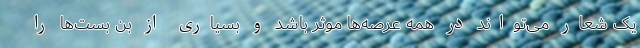
یک شعار می‌تواند در همه عرصه‌ها موثر باشد و بسیاری از بن بست‌ها را